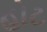
હોટ